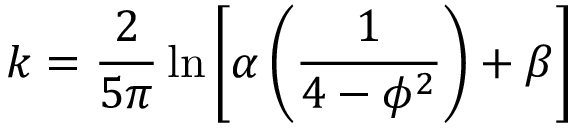
k = \frac { 2 } { 5 \pi } \ln { \left[ \alpha \left( \frac { 1 } { 4 - \phi ^ { 2 } } \right) + \beta \right] }